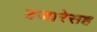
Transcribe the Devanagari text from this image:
हजारेसह